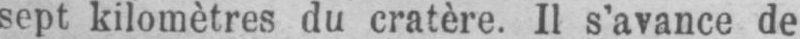
sept kilomètres du cratère. Il s’avance de